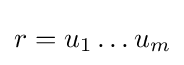
r=u_{1}\dots u_{m}